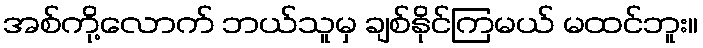
အစ်ကို့လောက် ဘယ်သူမှ ချစ်နိုင်ကြမယ် မထင်ဘူး။